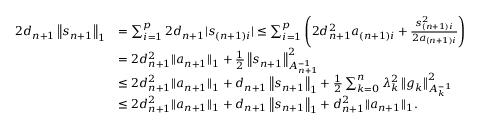
\begin{array} { r l } { 2 d _ { n + 1 } \left\Vert s _ { n + 1 } \right\Vert _ { 1 } } & { = \sum _ { i = 1 } ^ { p } 2 d _ { n + 1 } | s _ { ( n + 1 ) i } | \le \sum _ { i = 1 } ^ { p } \left( 2 d _ { n + 1 } ^ { 2 } a _ { ( n + 1 ) i } + \frac { s _ { ( n + 1 ) i } ^ { 2 } } { 2 a _ { ( n + 1 ) i } } \right) } \\ & { = 2 d _ { n + 1 } ^ { 2 } \| a _ { n + 1 } \| _ { 1 } + \frac { 1 } { 2 } \left\Vert s _ { n + 1 } \right\Vert _ { A _ { n + 1 } ^ { - 1 } } ^ { 2 } } \\ & { \le 2 d _ { n + 1 } ^ { 2 } \| a _ { n + 1 } \| _ { 1 } + d _ { n + 1 } \left\Vert s _ { n + 1 } \right\Vert _ { 1 } + \frac { 1 } { 2 } \sum _ { k = 0 } ^ { n } \lambda _ { k } ^ { 2 } \left\Vert g _ { k } \right\Vert _ { A _ { k } ^ { - 1 } } ^ { 2 } } \\ & { \le 2 d _ { n + 1 } ^ { 2 } \| a _ { n + 1 } \| _ { 1 } + d _ { n + 1 } \left\Vert s _ { n + 1 } \right\Vert _ { 1 } + d _ { n + 1 } ^ { 2 } \| a _ { n + 1 } \| _ { 1 } . } \end{array}